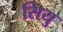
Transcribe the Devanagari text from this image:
सियु